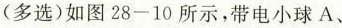
(多选)如图28-10所示，带电小球A、